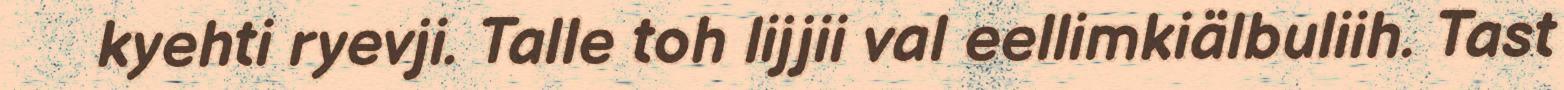
kyehti ryevji. Talle toh lijjii val eellimkiälbuliih. Tast